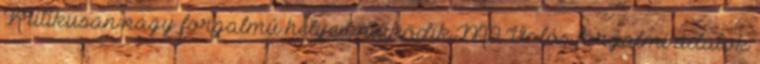
Kritikusan nagy forgalmú helyen működik M0 Valós forgalmi adatok